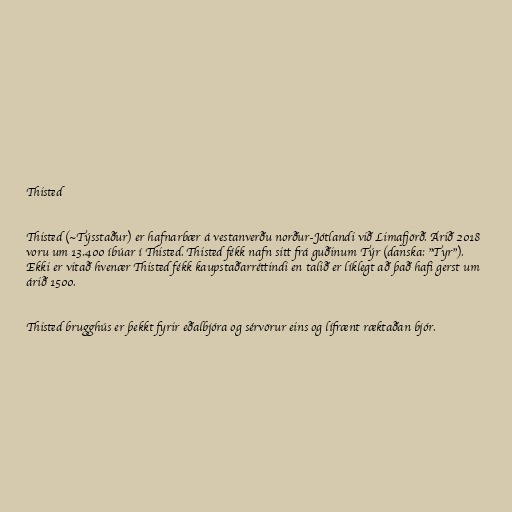
Thisted

Thisted (~Týsstaður) er hafnarbær á vestanverðu norður-Jótlandi við Limafjörð. Árið 2018
voru um 13.400 íbúar í Thisted. Thisted fékk nafn sitt frá guðinum Týr (danska: "Tyr").
Ekki er vitað hvenær Thisted fékk kaupstaðarréttindi en talið er líklegt að það hafi gerst um
árið 1500.

Thisted brugghús er þekkt fyrir eðalbjóra og sérvörur eins og lífrænt ræktaðan bjór.